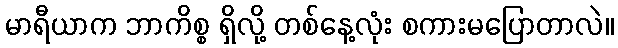
မာရီယာက ဘာကိစ္စ ရှိလို့ တစ်နေ့လုံး စကားမပြောတာလဲ။